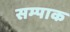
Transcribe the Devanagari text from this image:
सम्पाक